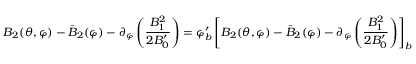
B _ { 2 } ( \theta , \varphi ) - \bar { B } _ { 2 } ( \varphi ) - \partial _ { \varphi } \left( \frac { B _ { 1 } ^ { 2 } } { 2 B _ { 0 } ^ { \prime } } \right) = \varphi _ { b } ^ { \prime } \left[ B _ { 2 } ( \theta , \varphi ) - \bar { B } _ { 2 } ( \varphi ) - \partial _ { \varphi } \left( \frac { B _ { 1 } ^ { 2 } } { 2 B _ { 0 } ^ { \prime } } \right) \right] _ { b }